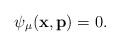
LaTeX: \begin{align*}\psi_{\mu}(\mathbf{x},\mathbf{p}) =0. \end{align*}